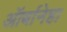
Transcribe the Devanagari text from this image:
ऑर्बानेहा